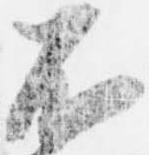
不